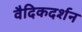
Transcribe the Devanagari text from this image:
वैदिकदर्शन